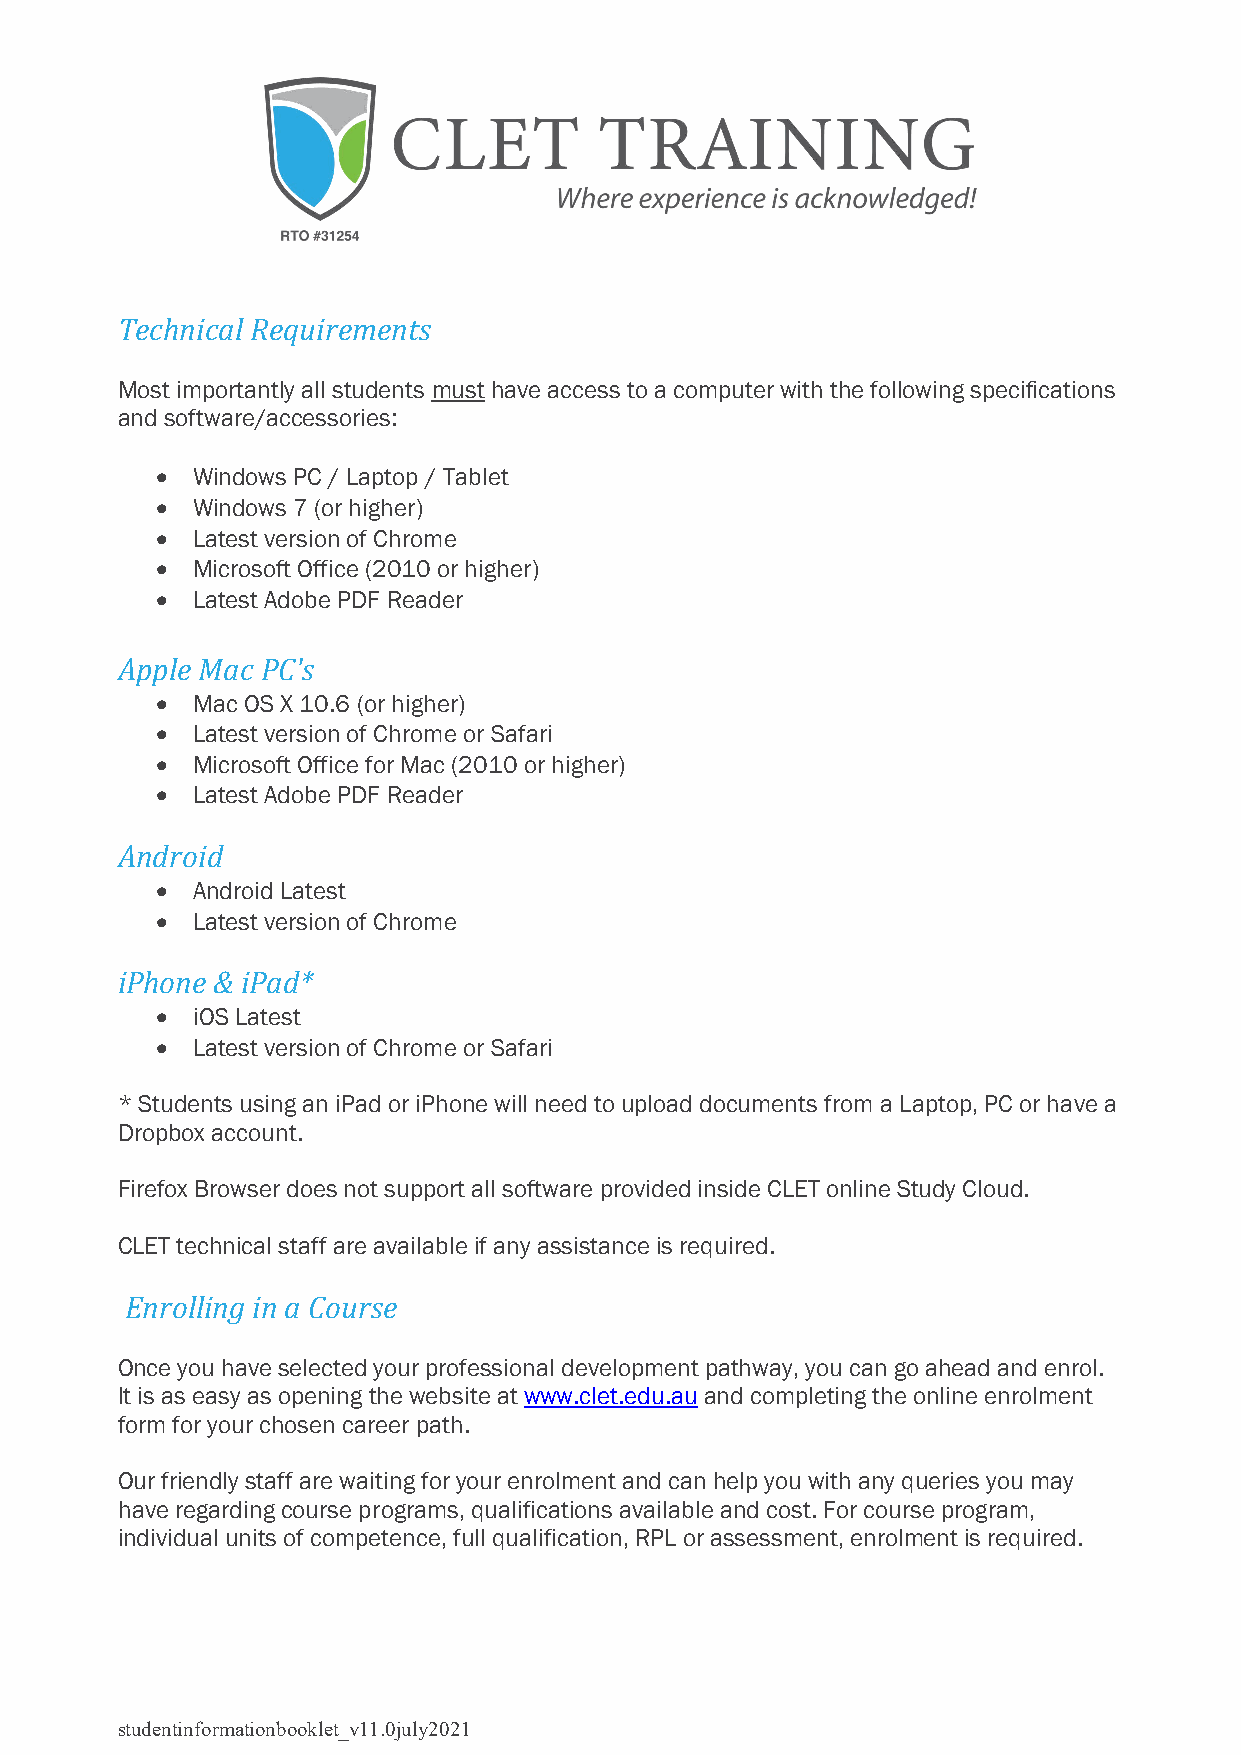
Technical Requirements
 Most importantly all students must have access to a computer with the following specifications
 and software/accessories:
 •  Windows PC / Laptop / Tablet
 •  Windows 7 (or higher)
 •  Latest version of Chrome
 •  Microsoft Office (2010 or higher)
 •  Latest Adobe PDF Reader
 Apple Mac PC's
 •  Mac OS X 10.6 (or higher)
 •  Latest version of Chrome or Safari
 •  Microsoft Office for Mac (2010 or higher)
 •  Latest Adobe PDF Reader
 Android
 •  Android Latest
 •  Latest version of Chrome
 iPhone & iPad*
 •  iOS Latest
 •  Latest version of Chrome or Safari
 * Students using an iPad or iPhone will need to upload documents from a Laptop, PC or have a
 Dropbox account.
 Firefox Browser does not support all software provided inside CLET online Study Cloud.
 CLET technical staff are available if any assistance is required.
 Enrolling in a Course
 Once you have selected your professional development pathway, you can go ahead and enrol.
 It is as easy as opening the website at www.clet.edu.au and completing the online enrolment
 form for your chosen career path.
 Our friendly staff are waiting for your enrolment and can help you with any queries you may
 have regarding course programs, qualifications available and cost. For course program,
 individual units of competence, full qualification, RPL or assessment, enrolment is required.
 studentinformationbooklet_v11.0july2021